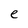
Character: e